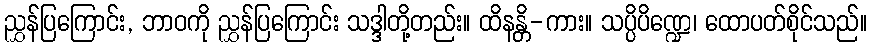
ညွှန်ပြကြောင်း, ဘာဝကို ညွှန်ပြကြောင်း သဒ္ဒါတို့တည်း။ ထိနန္တိ-ကား။ သပ္ပိပိဏ္ဍေ၊ ထောပတ်စိုင်သည်။